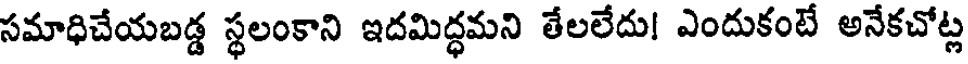
సమాధిచేయబడ్డ స్థలంకాని ఇదమిద్ధమని తేలలేదు! ఎందుకంటే అనేకచోట్ల